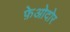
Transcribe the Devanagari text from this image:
फ़ेओदोर